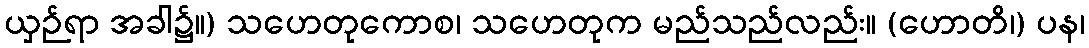
ယှဉ်ရာ အခါ၌။) သဟေတုကောစ၊ သဟေတုက မည်သည်လည်း။ (ဟောတိ၊) ပန၊